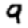
Digit: 9